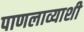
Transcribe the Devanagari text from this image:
पाणलाव्याशी